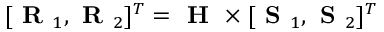
[ \textbf { R } _ { 1 } , \textbf { R } _ { 2 } ] ^ { T } = \textbf { H } \times [ \textbf { S } _ { 1 } , \textbf { S } _ { 2 } ] ^ { T }